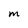
Character: M